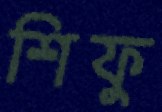
শিফু